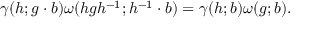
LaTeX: \gamma ( h ; g \cdot b ) \omega ( h g h ^ { - 1 } ; h ^ { - 1 } \cdot b ) = \gamma ( h ; b ) \omega ( g ; b ) .